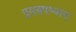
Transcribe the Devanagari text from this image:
प्रसवपश्चात्